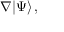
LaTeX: \nabla | \Psi \rangle \, ,